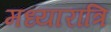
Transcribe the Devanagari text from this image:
मध्यारात्रि